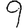
Digit: 9